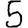
Digit: 5